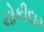
ચોકીદાર